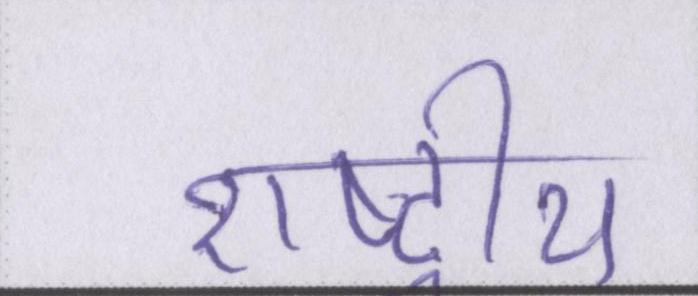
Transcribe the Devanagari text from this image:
राष्ट्रीय